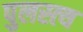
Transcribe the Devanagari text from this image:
पुलस्‍त्‍य